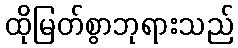
ထိုမြတ်စွာဘုရားသည်